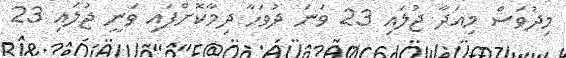
މިދުވަސް މިއަދާ ޖުލައި 23 ވަނަ ދުވަހާ ދިމާކޮށްފައި ވަނީ ޖުލައި 23